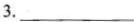
3.___